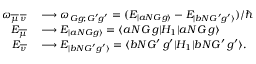
\begin{array} { r l } { \omega _ { \overline { { \mu } } \, \overline { { \nu } } } } & { { } \longrightarrow \omega _ { G g ; G ^ { \prime } g ^ { \prime } } = ( E _ { | a N G g \rangle } - E _ { | b N G ^ { \prime } g ^ { \prime } \rangle } ) / { \hbar } } \\ { E _ { \overline { { \mu } } } } & { { } \longrightarrow E _ { | a N G g \rangle } = \langle a N G \, g | { H _ { 1 } } | a N G \, g \rangle } \\ { E _ { \overline { { \nu } } } } & { { } \longrightarrow E _ { | b N G ^ { \prime } g ^ { \prime } \rangle } = \langle b N G ^ { \prime } \, g ^ { \prime } | { H _ { 1 } } | b N G ^ { \prime } \, g ^ { \prime } \rangle . } \end{array}